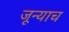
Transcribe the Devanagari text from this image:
जून्याच